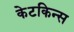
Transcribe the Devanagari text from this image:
केटकिन्स